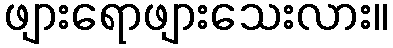
ဖျားရောဖျားသေးလား။